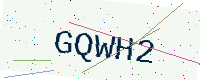
Text: GQWH2